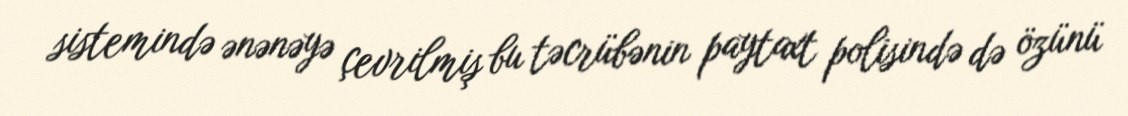
sistemində ənənəyə çevrilmiş bu təcrübənin paytaxt polisində də özünü